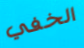
الخفي